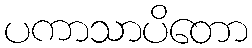
ပကာသာပိတော